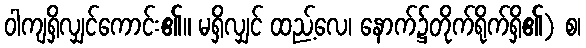
ဝါကျရှိလျှင်ကောင်း၏။ မရှိလျှင် ထည့်လေ၊ နောက်၌တိုက်ရိုက်ရှိ၏) စ၊